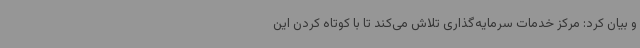
و بیان کرد: مرکز خدمات سرمایه‌گذاری تلاش می‌کند تا با کوتاه کردن این